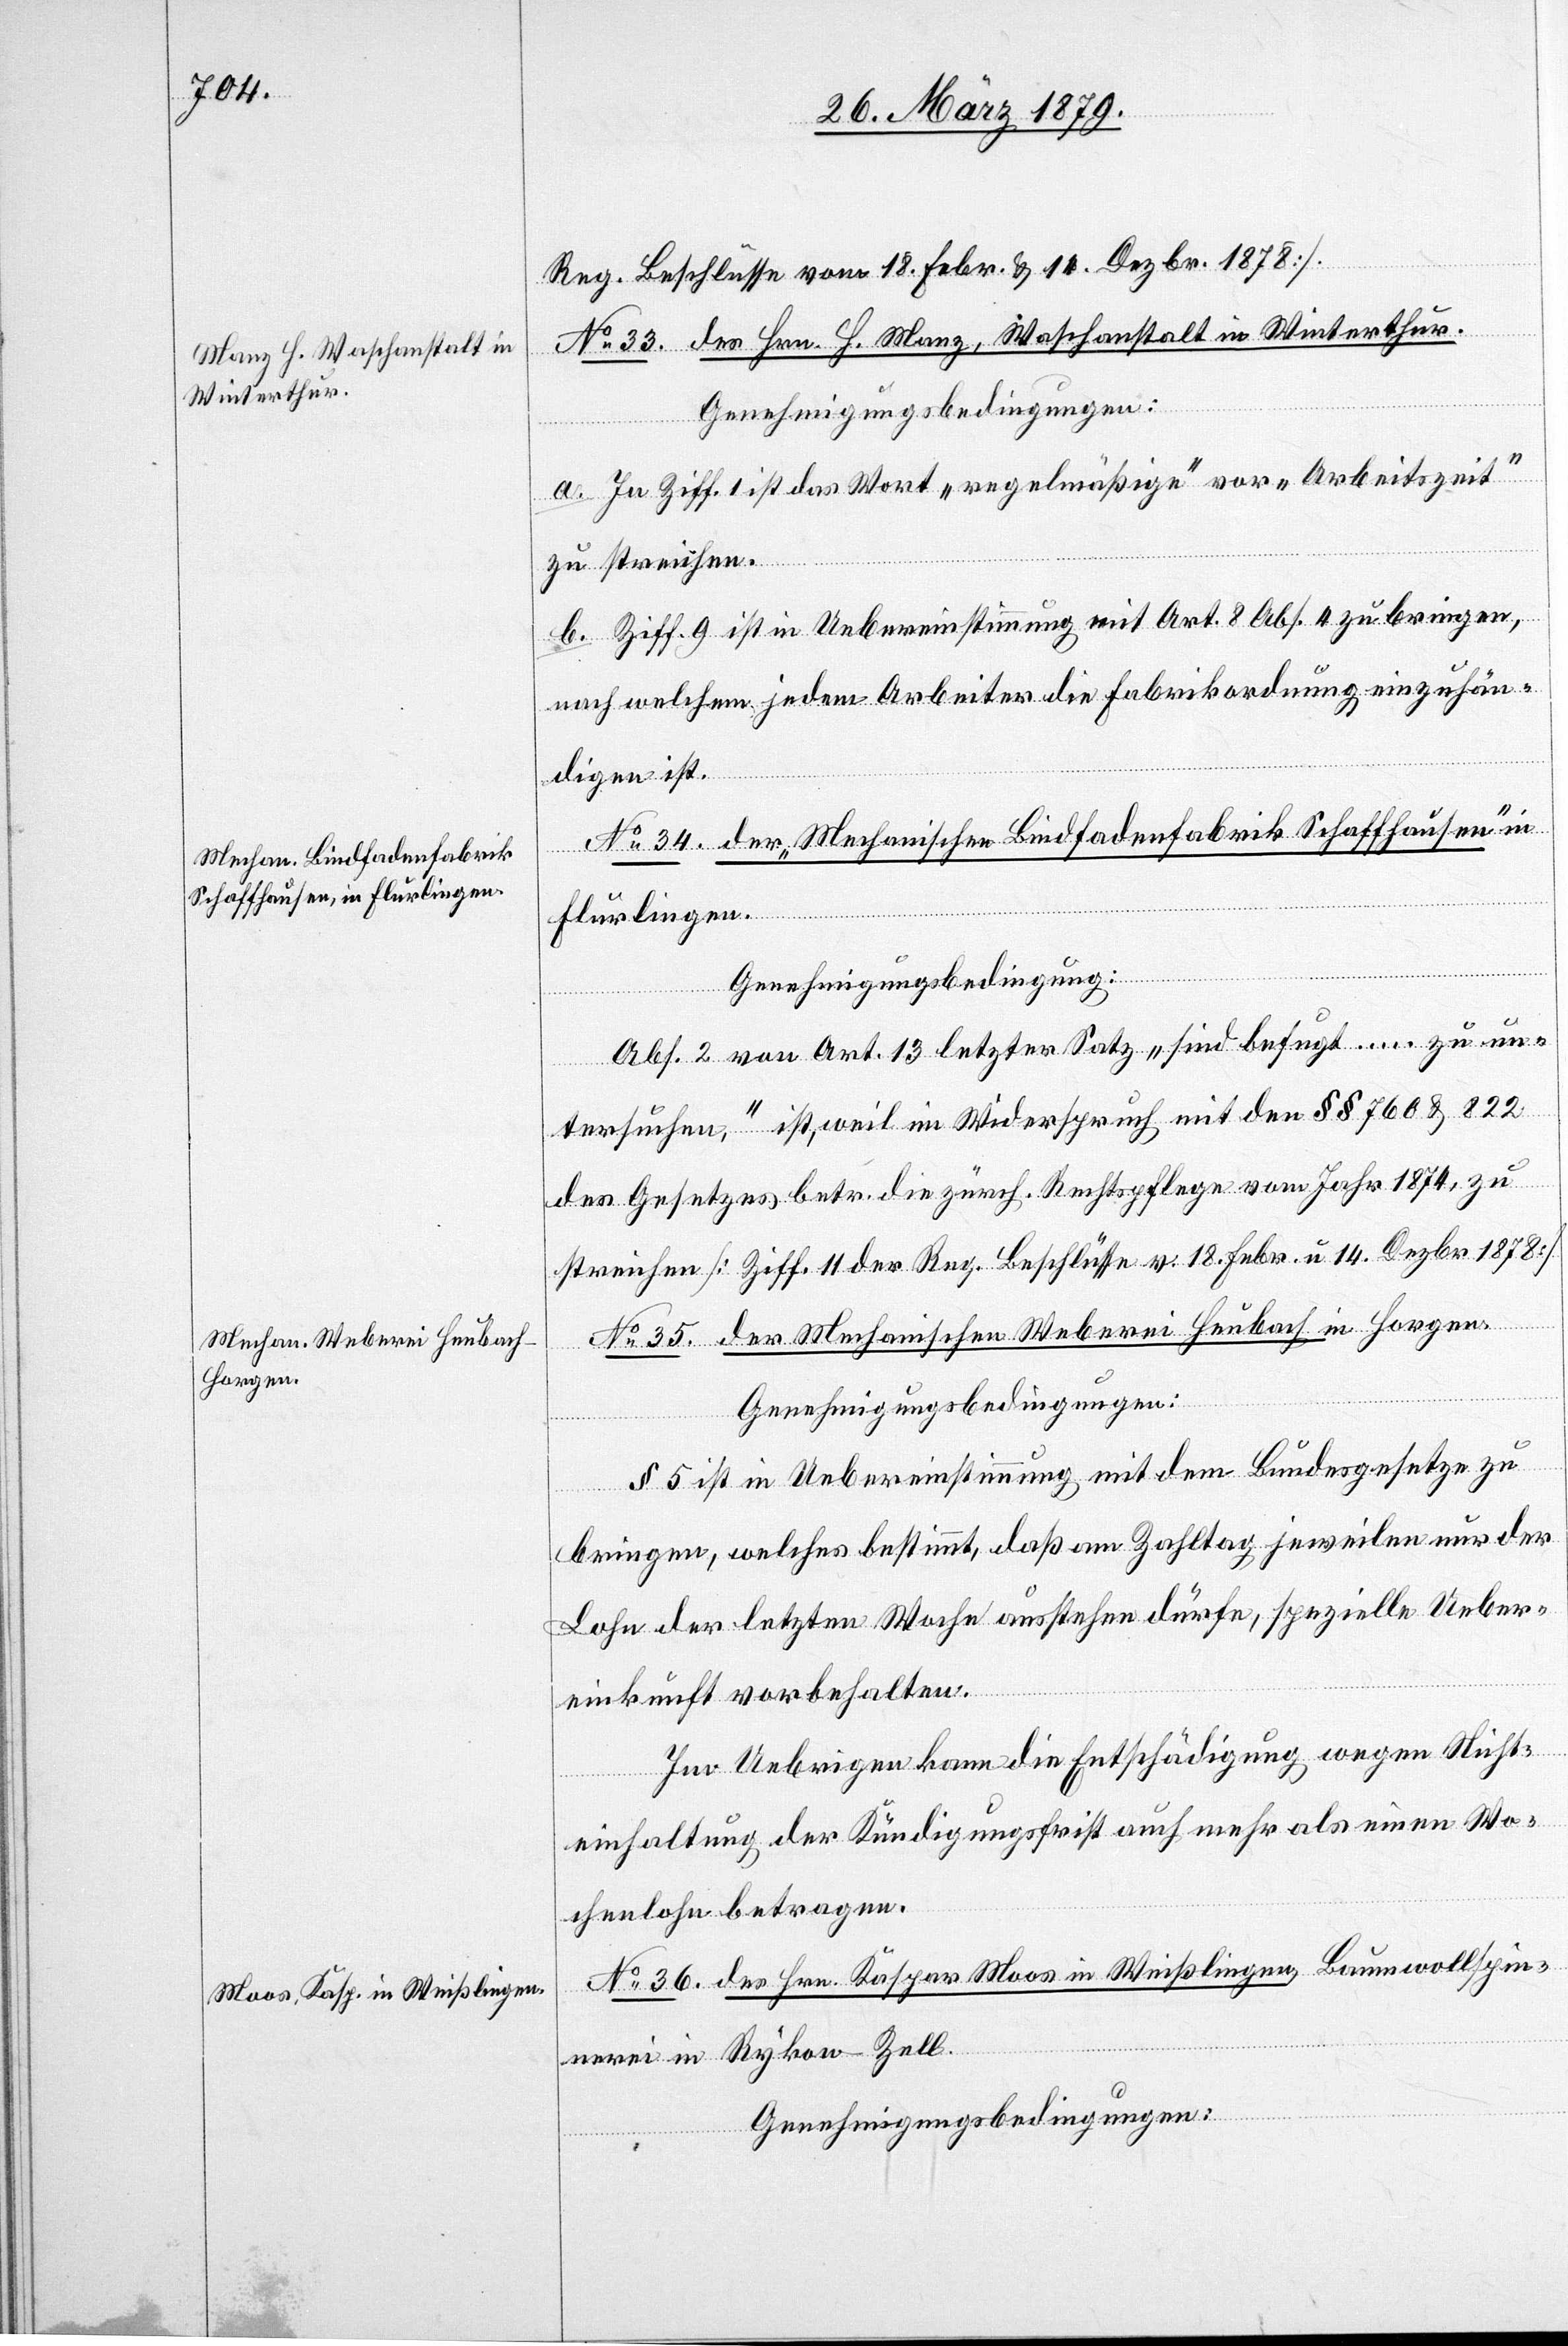
Reg. Beschlüsse vom 18. Febr. & 14. Dezbr. 1878].
No 33. des Hrn. H. Manz, Waschanstalt in Winterthur.
a. In Ziff. 1 ist das Wort „regelmäßige“ vor „Arbeitszeit“
zu streichen.
b. Ziff. 9 ist in Uebereinstimmung mit Art. 8 Abs. 4 zu bringen,
nach welchem jedem Arbeiter die Fabrikordnung einzuhän¬
digen ist.
No 34. der „Mechanischen Bindfadenfabrik Schaffhausen“ in
Flurlingen.
Genehmigungsbedingung:
Abs. 2 von Art. 13 letzter Satz „sind befugt … zu un¬
tersuchen,“ ist, weil in Widerspruch mit den §§ 768 & 822
des Gesetzes betr. die zürch. Rechtspflege vom Jahre 1874, zu
streichen [Ziff. 11 der Reg. Beschlüsse v. 18. Febr. u. 14. Dezbr. 1878].
No 35. der Mechanischen Weberei Heubach in Horgen.
Genehmigungsbedingungen:
§ 5 ist in Uebereinstimmung mit dem Bundesgesetze zu
bringen, welches bestimmt, daß am Zahltag jeweilen nur der
Lohn der letzten Woche ausstehen dürfe, spezielle Ueber¬
einkunft vorbehalten.
Im Uebrigen kann die Entschädigung wegen Nicht¬
einhaltung der Kündigungsfrist auch mehr als einen Wo¬
chenlohn betragen.
No 36. des Hrn. Kaspar Moos in Weißlingen, Baumwollspin¬
nerei in Rykon - Zell.
Genehmigungsbedingungen: